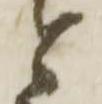
と